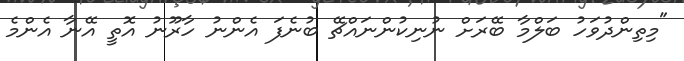
"މިތިންދުވަހު ބަލްމާ ބޭރަށް ނުނިކުންނައްޗޭ ބުނެފަ އެންނު ހާރޫނު އޮތީ އޭނާ އެންމެ